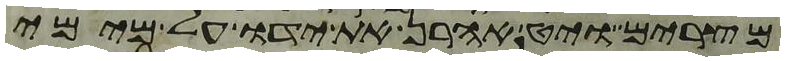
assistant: מצרים ויט אהרן את ידו על מימי